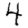
Digit: 4